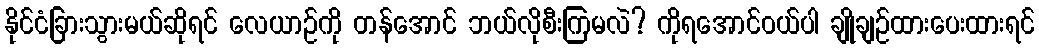
နိုင်ငံခြားသွားမယ်ဆိုရင် လေယာဉ်ကို တန်အောင် ဘယ်လိုစီးကြမလဲ? ကိုရအောင်ဝယ်ပါ ချိုချဉ်ထားပေးထားရင်